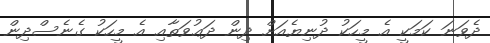
ދެވަނަ ކަމަކީ އެ މީހަކު ދުނިޔެއަށް ދިން ދަޢުވަތާއި އެ މީހަކު ގެނެސްދިން